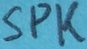
Text: SPK